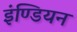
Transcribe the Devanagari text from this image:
इंण्डियन